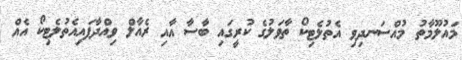
މައުލޫމާތު މުއްސަނދިވި އެތުލެޓިކޯ ތާވަލުގެ ކުރީގައި ބާސާ އާއި ރެއާލް ވިއްދާފައިއެތުލެޓިކޯ އެއް